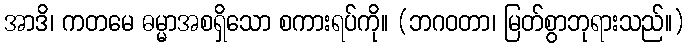
အာဒိ၊ ကတမေ ဓမ္မာအစရှိသော စကားရပ်ကို။ (ဘဂဝတာ၊ မြတ်စွာဘုရားသည်။)